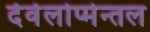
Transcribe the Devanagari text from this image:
देवेलोप्मेन्तल